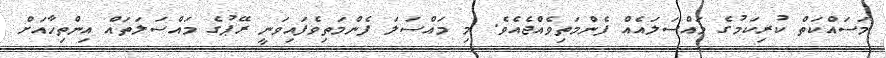
މަސައްކަތް ކުރިކަމުގެ މައްސަލައެއް ފެންމަތިވެއްޖެއެވެ. މި މައްސަލަ ފެންމަތިވެފައިވަނީ ރޭޕުގެ މައްސަލަތައް އިންތިހާއަށް